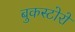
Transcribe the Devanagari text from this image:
बुकस्टोरों